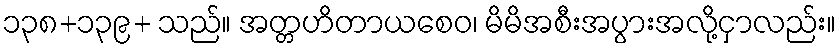
၁၃၈+၁၃၉+ သည်။ အတ္တဟိတာယစေဝ၊ မိမိအစီးအပွားအလို့ငှာလည်း။